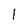
Character: 1